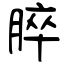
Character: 脺